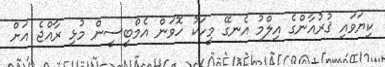
ކިޔަވައި ޤުރުއާންގެ އިލްމު އެނގޭ މީހަކު ހޮވަން އެމްބީސީން މުޅި ރާއްޖެ އަށް